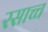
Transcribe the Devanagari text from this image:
रसाच्च